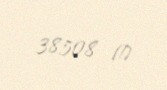
38508 ₼